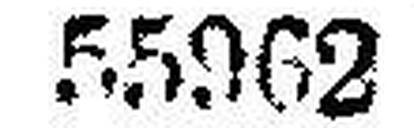
55962